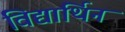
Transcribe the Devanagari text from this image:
विद्यार्थिन